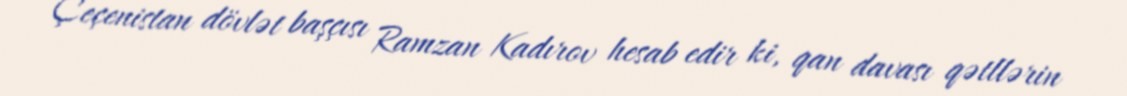
Çeçenistan dövlət başçısı Ramzan Kadırov hesab edir ki, qan davası qətllərin